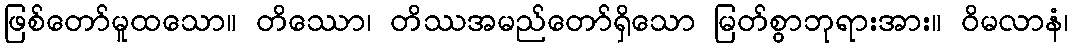
ဖြစ်တော်မူထသော။ တိဿော၊ တိဿအမည်တော်ရှိသော မြတ်စွာဘုရားအား။ ဝိမလာနံ၊